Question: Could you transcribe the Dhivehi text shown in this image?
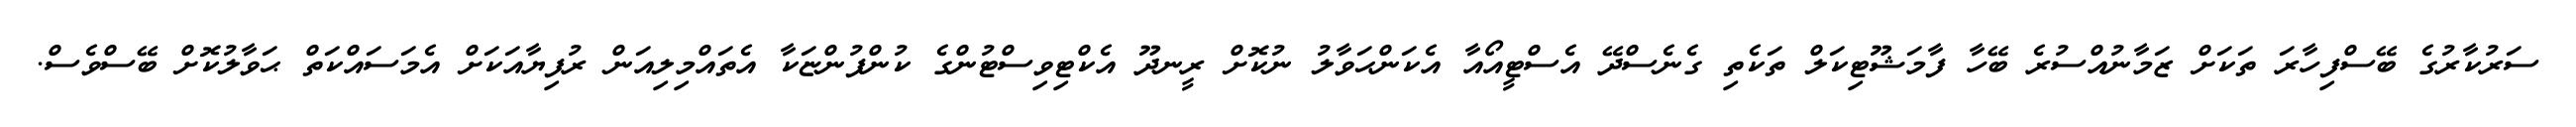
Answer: ސަރުކާރުގެ ބޭސްފިހާރަ ތަކަށް ޒަމާނުއްސުރެ ބޭހާ ފާމަޝޫޓިކަލް ތަކެތި ގެނެސްދޭ އެސްޓީއޯއާ އެކަންޙަވާލު ނުކޮށް ރީނދޫ އެކްޓިވިސްޓުންގެ ކުންފުންޏަކާ އެތައްމިލިއަން ރުފިޔާއަކަށް އެމަސައްކަތް ޙަވާލުކޮށް ބޭސްވެސް.